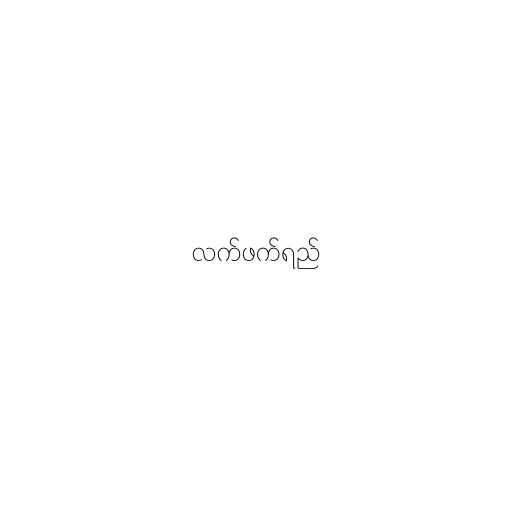
လက်ဖက်ရည်